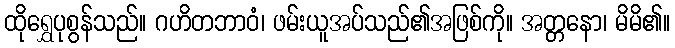
ထိုရွှေပုစွန်သည်။ ဂဟိတဘာဝံ၊ ဖမ်းယူအပ်သည်၏အဖြစ်ကို။ အတ္တနော၊ မိမိ၏။